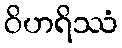
ဝိဟရိဿံ